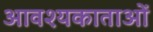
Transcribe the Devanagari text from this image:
आवश्यकाताओं